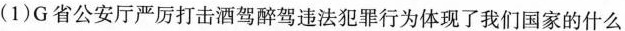
(1)G省公安厅严厉打击酒驾醉驾违法犯罪行为体现了我们国家的什么